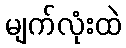
မျက်လုံးထဲ